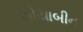
સોયાબીન